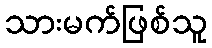
သားမက်ဖြစ်သူ